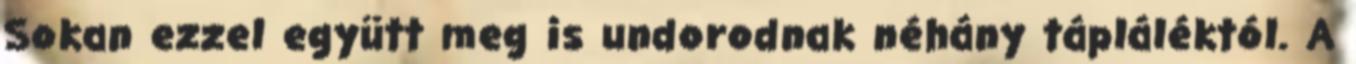
Sokan ezzel együtt meg is undorodnak néhány tápláléktól. A